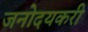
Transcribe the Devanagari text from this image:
जनोदयकरी